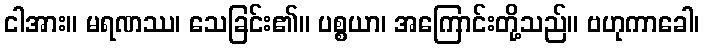
ငါအား။ မရဏဿ၊ သေခြင်း၏။ ပစ္စယာ၊ အကြောင်းတို့သည်။ ဗဟုကာခေါ၊